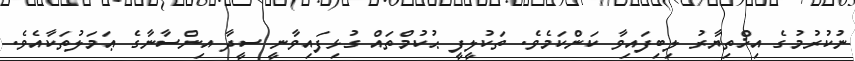
ނުކުރުމުގެ އިޚްތިޔާރު ލިބިފައިވާ ކަންކަމެވެ. ތަކުލީފީ ޙުކުމްތައް ގުޅިފައިވާނީ ސީދާ އިންސާނާގެ ޢަމަލުތަކާއެވެ.